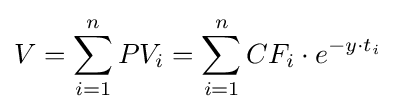
V=\sum _{i=1}^{n}PV_{i}=\sum _{i=1}^{n}CF_{i}\cdot e^{-y\cdot t_{i}}